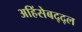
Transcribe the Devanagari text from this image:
अहिंसेबद्द्ल